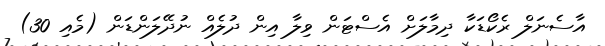
އާސެނަލް ރެކޯޑަކާ ދިމާލަށް އެސްޓަން ވިލާ އިން ދުލެއް ނުދޭލަންޑަން (މެއި 30)